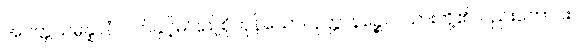
အဝတ္တသမ္ပန္နာနံ၊ ဝတ်နှင့်မပြည့်စုံကုန်သော။ ပုတ္တာနဉ္စေဝ၊ သားတို့၏လည်းကောင်း။